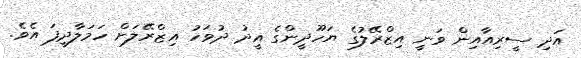
އަދި ސީރިއާއިން ވަނީ އިޒްރޭލުގެ ޔަހޫދީންގެ އީދު ދުވަހު އިޒްރޭލަށް ހަމަލާދީފަ އެވެ.